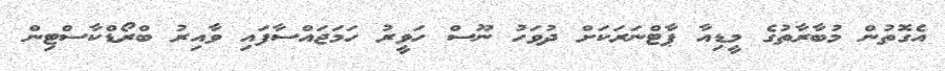
އެގޮތުން މުބާރާތުގެ މީޑިއާ ޕާޓްނަރަކަށް ދުވަހު ނޫސް ހަވީރު ހަމަޖައްސާފައި ވާއިރު ބްރޯޑްކާސްޓިން